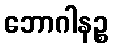
ဘောဂါနဉ္စ